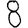
Digit: 8